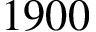
1 9 0 0